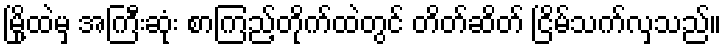
မြို့ထဲမှ အကြီးဆုံး စာကြည့်တိုက်ထဲတွင် တိတ်ဆိတ် ငြိမ်သက်လှသည်။